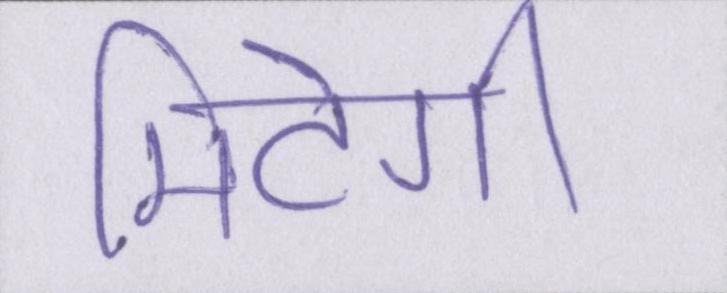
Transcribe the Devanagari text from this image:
मिटेगी